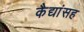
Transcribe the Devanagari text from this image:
कैद्यांसह